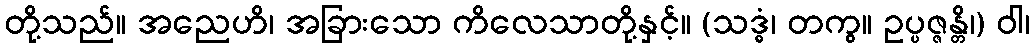
တို့သည်။ အညေဟိ၊ အခြားသော ကိလေသာတို့နှင့်။ (သဒ္ဓံ၊ တကွ။ ဥပ္ပဇ္ဇန္တိ၊) ဝါ၊